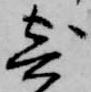
寄